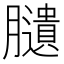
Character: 䑊